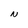
Character: N